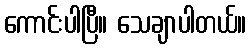
ကောင်းပါပြီ။ သေချာပါတယ်။